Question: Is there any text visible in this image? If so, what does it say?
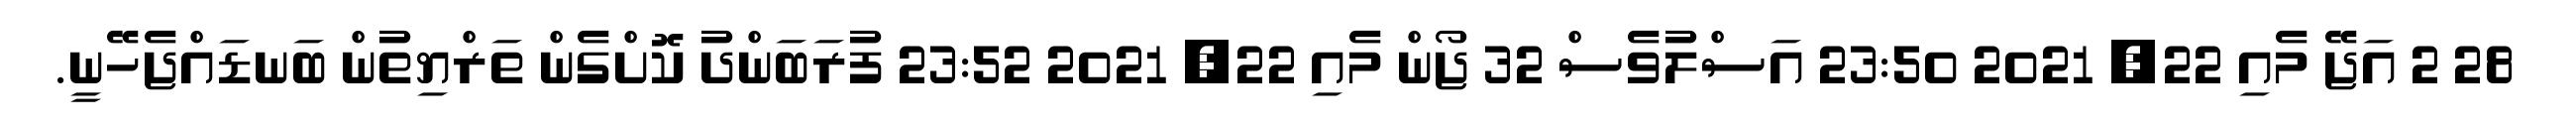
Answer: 28 2 އަޖޭ މެއި 22, 2021 23:50 އަސްލުވެސް 32 ޖޯން މެއި 22, 2021 23:52 ފުރަބަންދު ކޮށްގެން ތަރްޔިތުން ބަނޑައްޖެހޭނީ.